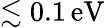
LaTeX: \lesssim 0.1\, {\mathrm{eV}}